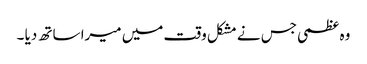
وہ عظمی جس نے مشکل وقت میں میرا ساتھ دیا ۔